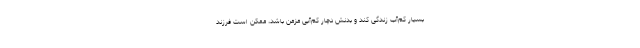
بسیار کم‌آب زندگی کند و بدنش دچار کم‌آبی مزمن باشد، ممکن است فرزند